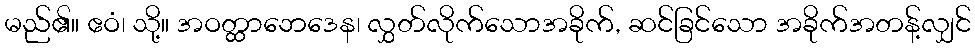
မည်၏။ ဧဝံ၊ သို့။ အဝတ္ထာဘေဒေန၊ လွှတ်လိုက်သောအခိုက်, ဆင်ခြင်သော အခိုက်အတန့်လျှင်